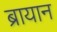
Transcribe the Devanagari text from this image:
ब्रायान